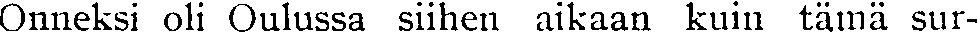
Onneksi oli Oulussa siihen aikaan kuin tämä sur-